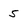
Character: 5